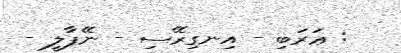
: ޢަރަބި - އިނގިރޭސި - ނޭޕާލީ -